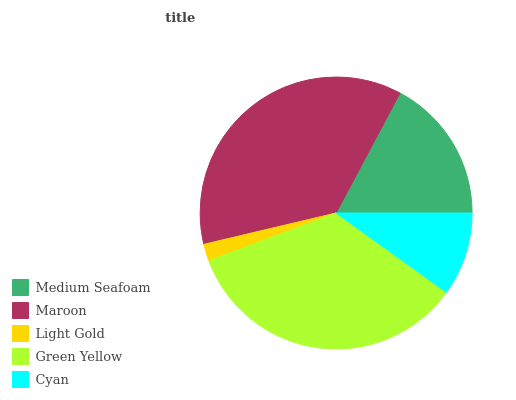
| Medium Seafoam | Maroon | Light Gold | Green Yellow | Cyan |
 | --- | --- | --- | --- | --- |
 | 17.2% | 36.5% | 2.02% | 34.4% | 9.92% |